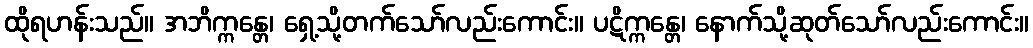
ထိုရဟန်းသည်။ အဘိက္ကန္တေ၊ ရှေ့သို့တက်သော်လည်းကောင်း။ ပဋိက္ကန္တေ၊ နောက်သို့ဆုတ်သော်လည်းကောင်း။